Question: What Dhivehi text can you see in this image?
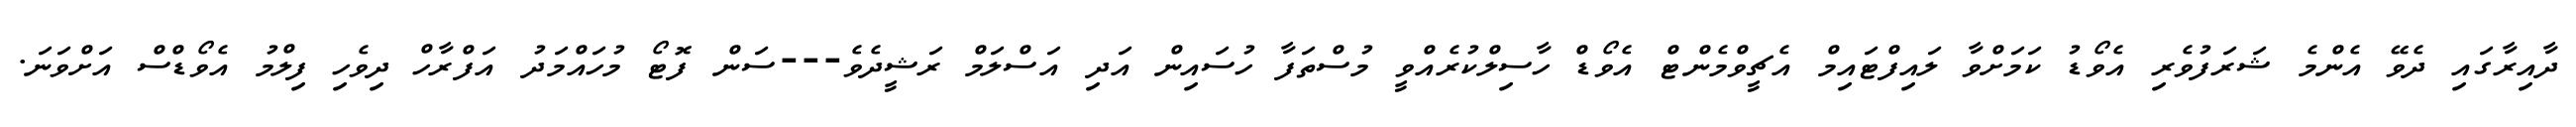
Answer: ދާއިރާގައި ދެވޭ އެންމެ ޝަރަފުވެރި އެވޯޑު ކަމަށްވާ ލައިފްޓައިމް އެޗީވްމެންޓް އެވޯޑް ހާސިލްކުރެއްވީ މުސްތަފާ ހުސައިން އަދި އަސްލަމް ރަޝީދެވެ---ސަން ފޮޓޯ މުހައްމަދު އަފްރާހް ދިވެހި ފިލްމު އެވޯޑްސް އަށްވަނަ.